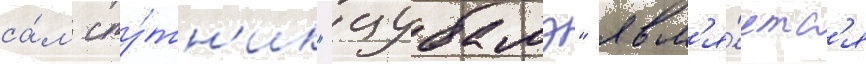
са́м спу́тн'ик "цубамэ" явл'я́етс'я